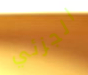
الجزئي